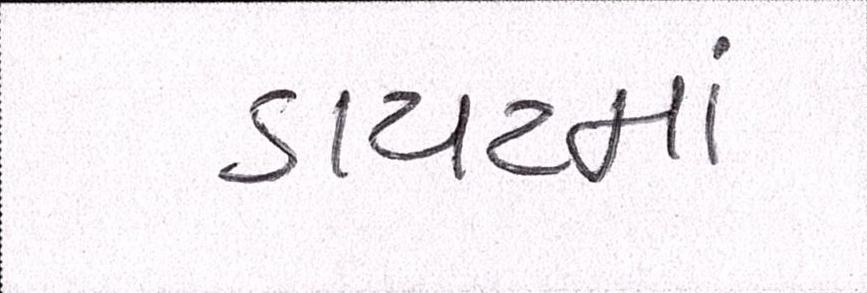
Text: ડાયટમાં